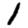
Digit: 1